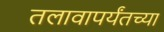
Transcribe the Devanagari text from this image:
तलावापर्यंतच्या